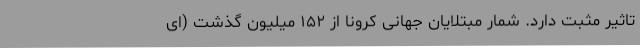
تاثیر مثبت دارد. شمار مبتلایان جهانی کرونا از ۱۵۲ میلیون گذشت (ای